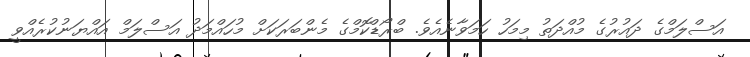
އަސްލަމްގެ ދައުރުގެ މުއްދަތު މިމަހު ހަމަވާނެއެވެ. ބްރޯޑްކޮމްގެ މެންބަރަކަށް މުހައްމަދު އަސްލަމް އައްޔަނުކުރެއްވީ